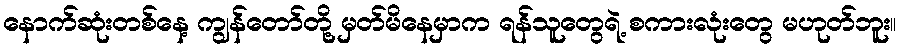
နောက်ဆုံးတစ်နေ့ ကျွန်တော်တို့ မှတ်မိနေမှာက ရန်သူတွေရဲ့ စကားလုံးတွေ မဟုတ်ဘူး။